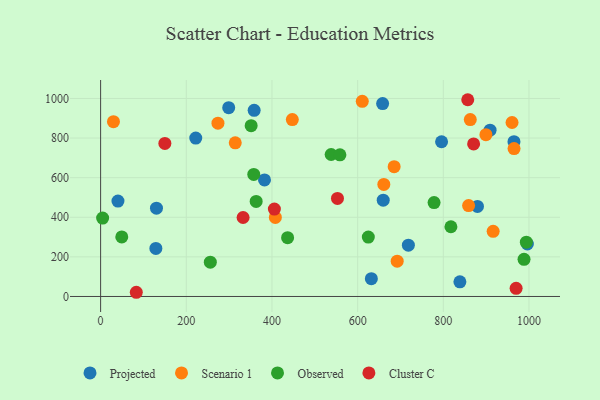
{"axis": {"x": "Study Hours", "y": "Demand"}, "legend": ["Cluster C", "Observed", "Projected", "Scenario 1"], "data": [{"x": "40.5", "y": 482.0, "type": "Projected"}, {"x": "996.2", "y": 265.0, "type": "Projected"}, {"x": "838.7", "y": 73.8, "type": "Projected"}, {"x": "879.7", "y": 454.8, "type": "Projected"}, {"x": "795.9", "y": 781.4, "type": "Projected"}, {"x": "658.3", "y": 974.4, "type": "Projected"}, {"x": "299.0", "y": 953.6, "type": "Projected"}, {"x": "964.9", "y": 781.6, "type": "Projected"}, {"x": "632.0", "y": 89.7, "type": "Projected"}, {"x": "382.6", "y": 588.5, "type": "Projected"}, {"x": "222.1", "y": 799.9, "type": "Projected"}, {"x": "358.4", "y": 940.2, "type": "Projected"}, {"x": "909.1", "y": 839.8, "type": "Projected"}, {"x": "129.0", "y": 242.8, "type": "Projected"}, {"x": "130.4", "y": 445.9, "type": "Projected"}, {"x": "659.7", "y": 486.4, "type": "Projected"}, {"x": "718.4", "y": 259.0, "type": "Projected"}, {"x": "899.4", "y": 817.0, "type": "Scenario 1"}, {"x": "685.2", "y": 655.5, "type": "Scenario 1"}, {"x": "447.5", "y": 893.6, "type": "Scenario 1"}, {"x": "610.8", "y": 985.7, "type": "Scenario 1"}, {"x": "661.1", "y": 565.8, "type": "Scenario 1"}, {"x": "407.9", "y": 399.0, "type": "Scenario 1"}, {"x": "314.3", "y": 776.0, "type": "Scenario 1"}, {"x": "30.0", "y": 882.6, "type": "Scenario 1"}, {"x": "916.3", "y": 328.8, "type": "Scenario 1"}, {"x": "960.4", "y": 878.5, "type": "Scenario 1"}, {"x": "965.1", "y": 746.8, "type": "Scenario 1"}, {"x": "859.0", "y": 458.9, "type": "Scenario 1"}, {"x": "692.3", "y": 178.2, "type": "Scenario 1"}, {"x": "862.9", "y": 893.4, "type": "Scenario 1"}, {"x": "273.9", "y": 875.3, "type": "Scenario 1"}, {"x": "357.5", "y": 616.4, "type": "Observed"}, {"x": "49.4", "y": 300.9, "type": "Observed"}, {"x": "363.1", "y": 480.2, "type": "Observed"}, {"x": "817.7", "y": 352.0, "type": "Observed"}, {"x": "4.7", "y": 396.0, "type": "Observed"}, {"x": "624.9", "y": 299.9, "type": "Observed"}, {"x": "256.1", "y": 173.1, "type": "Observed"}, {"x": "988.4", "y": 187.7, "type": "Observed"}, {"x": "351.4", "y": 862.5, "type": "Observed"}, {"x": "778.4", "y": 474.2, "type": "Observed"}, {"x": "436.5", "y": 296.7, "type": "Observed"}, {"x": "993.8", "y": 274.2, "type": "Observed"}, {"x": "538.1", "y": 717.1, "type": "Observed"}, {"x": "558.6", "y": 715.2, "type": "Observed"}, {"x": "150.0", "y": 772.7, "type": "Cluster C"}, {"x": "857.0", "y": 993.6, "type": "Cluster C"}, {"x": "552.9", "y": 495.2, "type": "Cluster C"}, {"x": "870.7", "y": 770.5, "type": "Cluster C"}, {"x": "405.6", "y": 441.4, "type": "Cluster C"}, {"x": "969.9", "y": 41.3, "type": "Cluster C"}, {"x": "83.3", "y": 21.2, "type": "Cluster C"}, {"x": "332.6", "y": 398.7, "type": "Cluster C"}]}